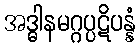
အဒ္ဓါနမဂ္ဂပ္ပဋိပန္နံ